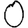
Digit: 0